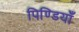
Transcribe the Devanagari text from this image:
पिण्डियाँ